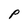
Character: P